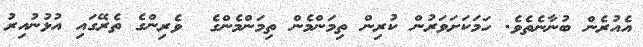
އެއުރެން ބުނާނެތެވެ. ހަމަކަށަވަރުން ކުރިން ތިމަންމެން ތިމަންމެންގެ  ވެރިންގެ ތެރޭގައި އުޅުނުއިރު